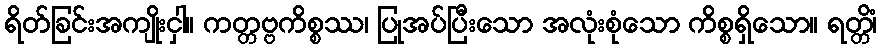
ရိတ်ခြင်းအကျိုးငှါ။ ကတ္တဗ္ဗကိစ္စဿ၊ ပြုအပ်ပြီးသော အလုံးစုံသော ကိစ္စရှိသော။ ရတ္တိံ၊